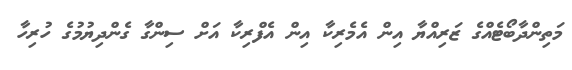
މަތިންދާބޯޓެއްގެ ޒަރިއްޔާ އިން އެމެރިކާ އިން އެފްރިކާ އަށް ސިންގާ ގެންދިޔުމުގެ ހުރިހާ